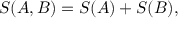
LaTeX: S ( A , B ) = S ( A ) + S ( B ) ,